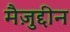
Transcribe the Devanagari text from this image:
मैज़ुद्दीन